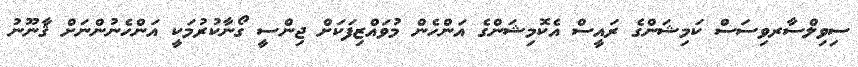
ސިވިލްސާރވިސަސް ކަމިޝަންގެ ރައީސް އެކޮމިޝަންގެ އަންހެން މުވައްޒިފަކަށް ޖިންސީ ގޯނާކުރުމަކީ އަންހެނުންނަށް ޤާނޫނު